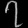
Digit: ၇